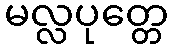
မလ္လပုတ္တေ